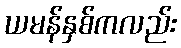
ယမန်နှစ်ကလည်း